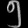
Digit: ၅